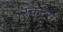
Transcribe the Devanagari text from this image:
स्कूटर्स